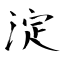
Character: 淀